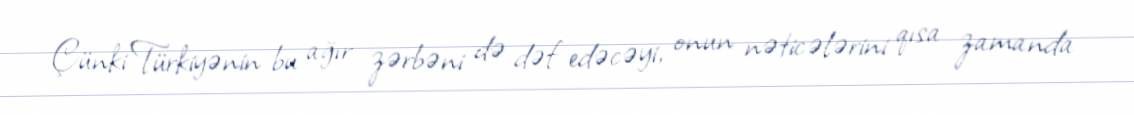
Çünki Türkiyənin bu ağır zərbəni də dəf edəcəyi, onun nəticələrini qısa zamanda